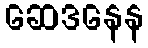
ဆေဒနေန